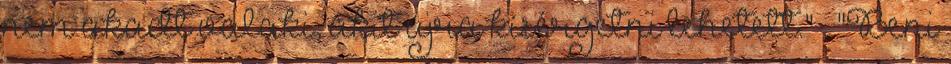
nem akadt valaki, akit újra kísérgetni lehetett." . "Beni